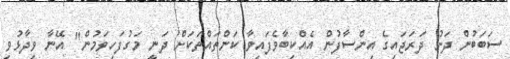
ސަބަބުން ދަށު ދަރަޖައިގެ އިންސާފުން އެއްކިބާވެފައިވާ ކަންތައްތަކަށް ދަނީ މަގުފަހިވަމުން" އޭނާ ވިދާޅުވި